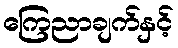
ကြေညာချက်နှင့်